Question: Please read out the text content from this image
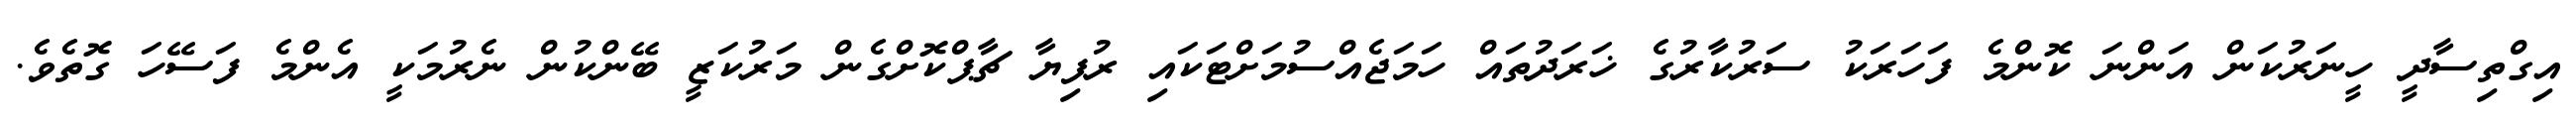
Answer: އިގްތިސާދީ ހީނަރުކަން އަންނަ ކޮންމެ ފަހަރަކު ސަރުކާރުގެ ޚަރަދުތައް ހަމަޖެއްސުމަށްޓަކައި ރުފިޔާ ޗާޕްކޮށްގެން މަރުކަޒީ ބޭންކުން ނެރުމަކީ އެންމެ ފަސޭހަ ގޮތެވެ.